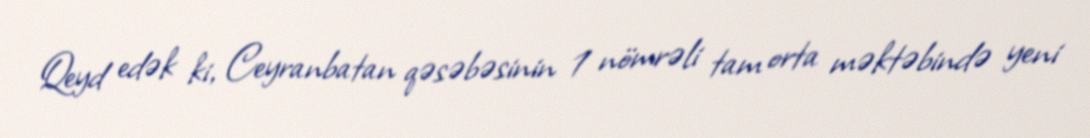
Qeyd edək ki, Ceyranbatan qəsəbəsinin 1 nömrəli tam orta məktəbində yeni